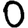
Digit: 0